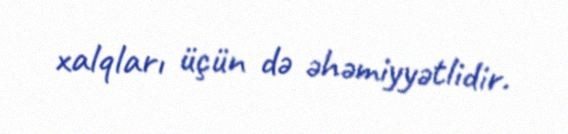
xalqları üçün də əhəmiyyətlidir.